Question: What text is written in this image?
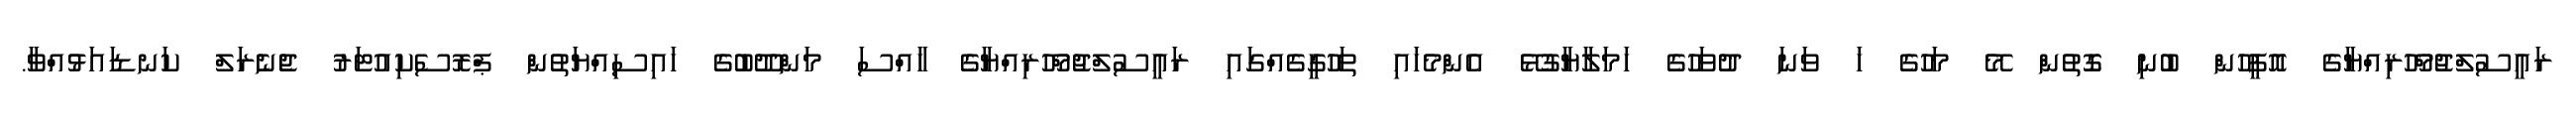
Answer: ރައީސުލްޖުމްހޫރިއްޔާގެ އޮފީހުން ބުނި ގޮތުން މޭ މަހުގެ ހަ ވަނަ ދުވަހުގެ ހަމަލާޔާގުޅޭ އެންމެހައި ތަހުގީގެއްގައި ރައީސުލްޖުމްހޫރިއްޔާގެ ހާއްސަ މަންދޫބުގެ ހައިސިއްޔަތުން ޕްރޮސެކިއުޓަރު ޖެނެރަލް ކަނޑައަޅުއްވާ.